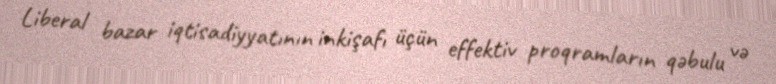
Liberal bazar iqtisadiyyatının inkişafı üçün effektiv proqramların qəbulu və